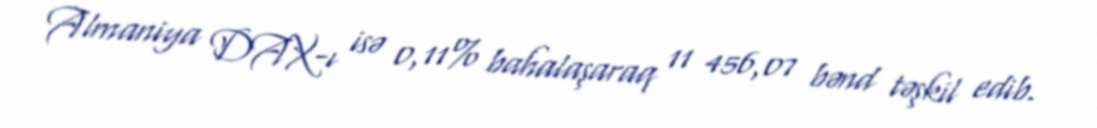
Almaniya DAX-ı isə 0,11% bahalaşaraq 11 456,07 bənd təşkil edib.